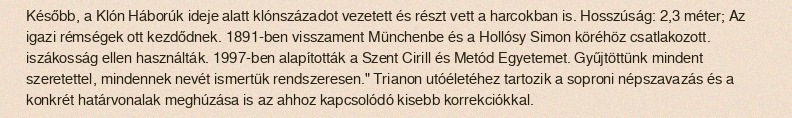
Később, a Klón Háborúk ideje alatt klónszázadot vezetett és részt vett a harcokban is. Hosszúság: 2,3 méter; Az igazi rémségek ott kezdődnek. 1891-ben visszament Münchenbe és a Hollósy Simon köréhöz csatlakozott. iszákosság ellen használták. 1997-ben alapították a Szent Cirill és Metód Egyetemet. Gyűjtöttünk mindent szeretettel, min­dennek nevét ismertük rendszeresen." Trianon utóéletéhez tartozik a soproni népszavazás és a konkrét határvonalak meghúzása is az ahhoz kapcsolódó kisebb korrekciókkal.